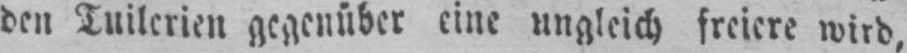
den Tuilerien gegenüber eine ungleich freiere wird,